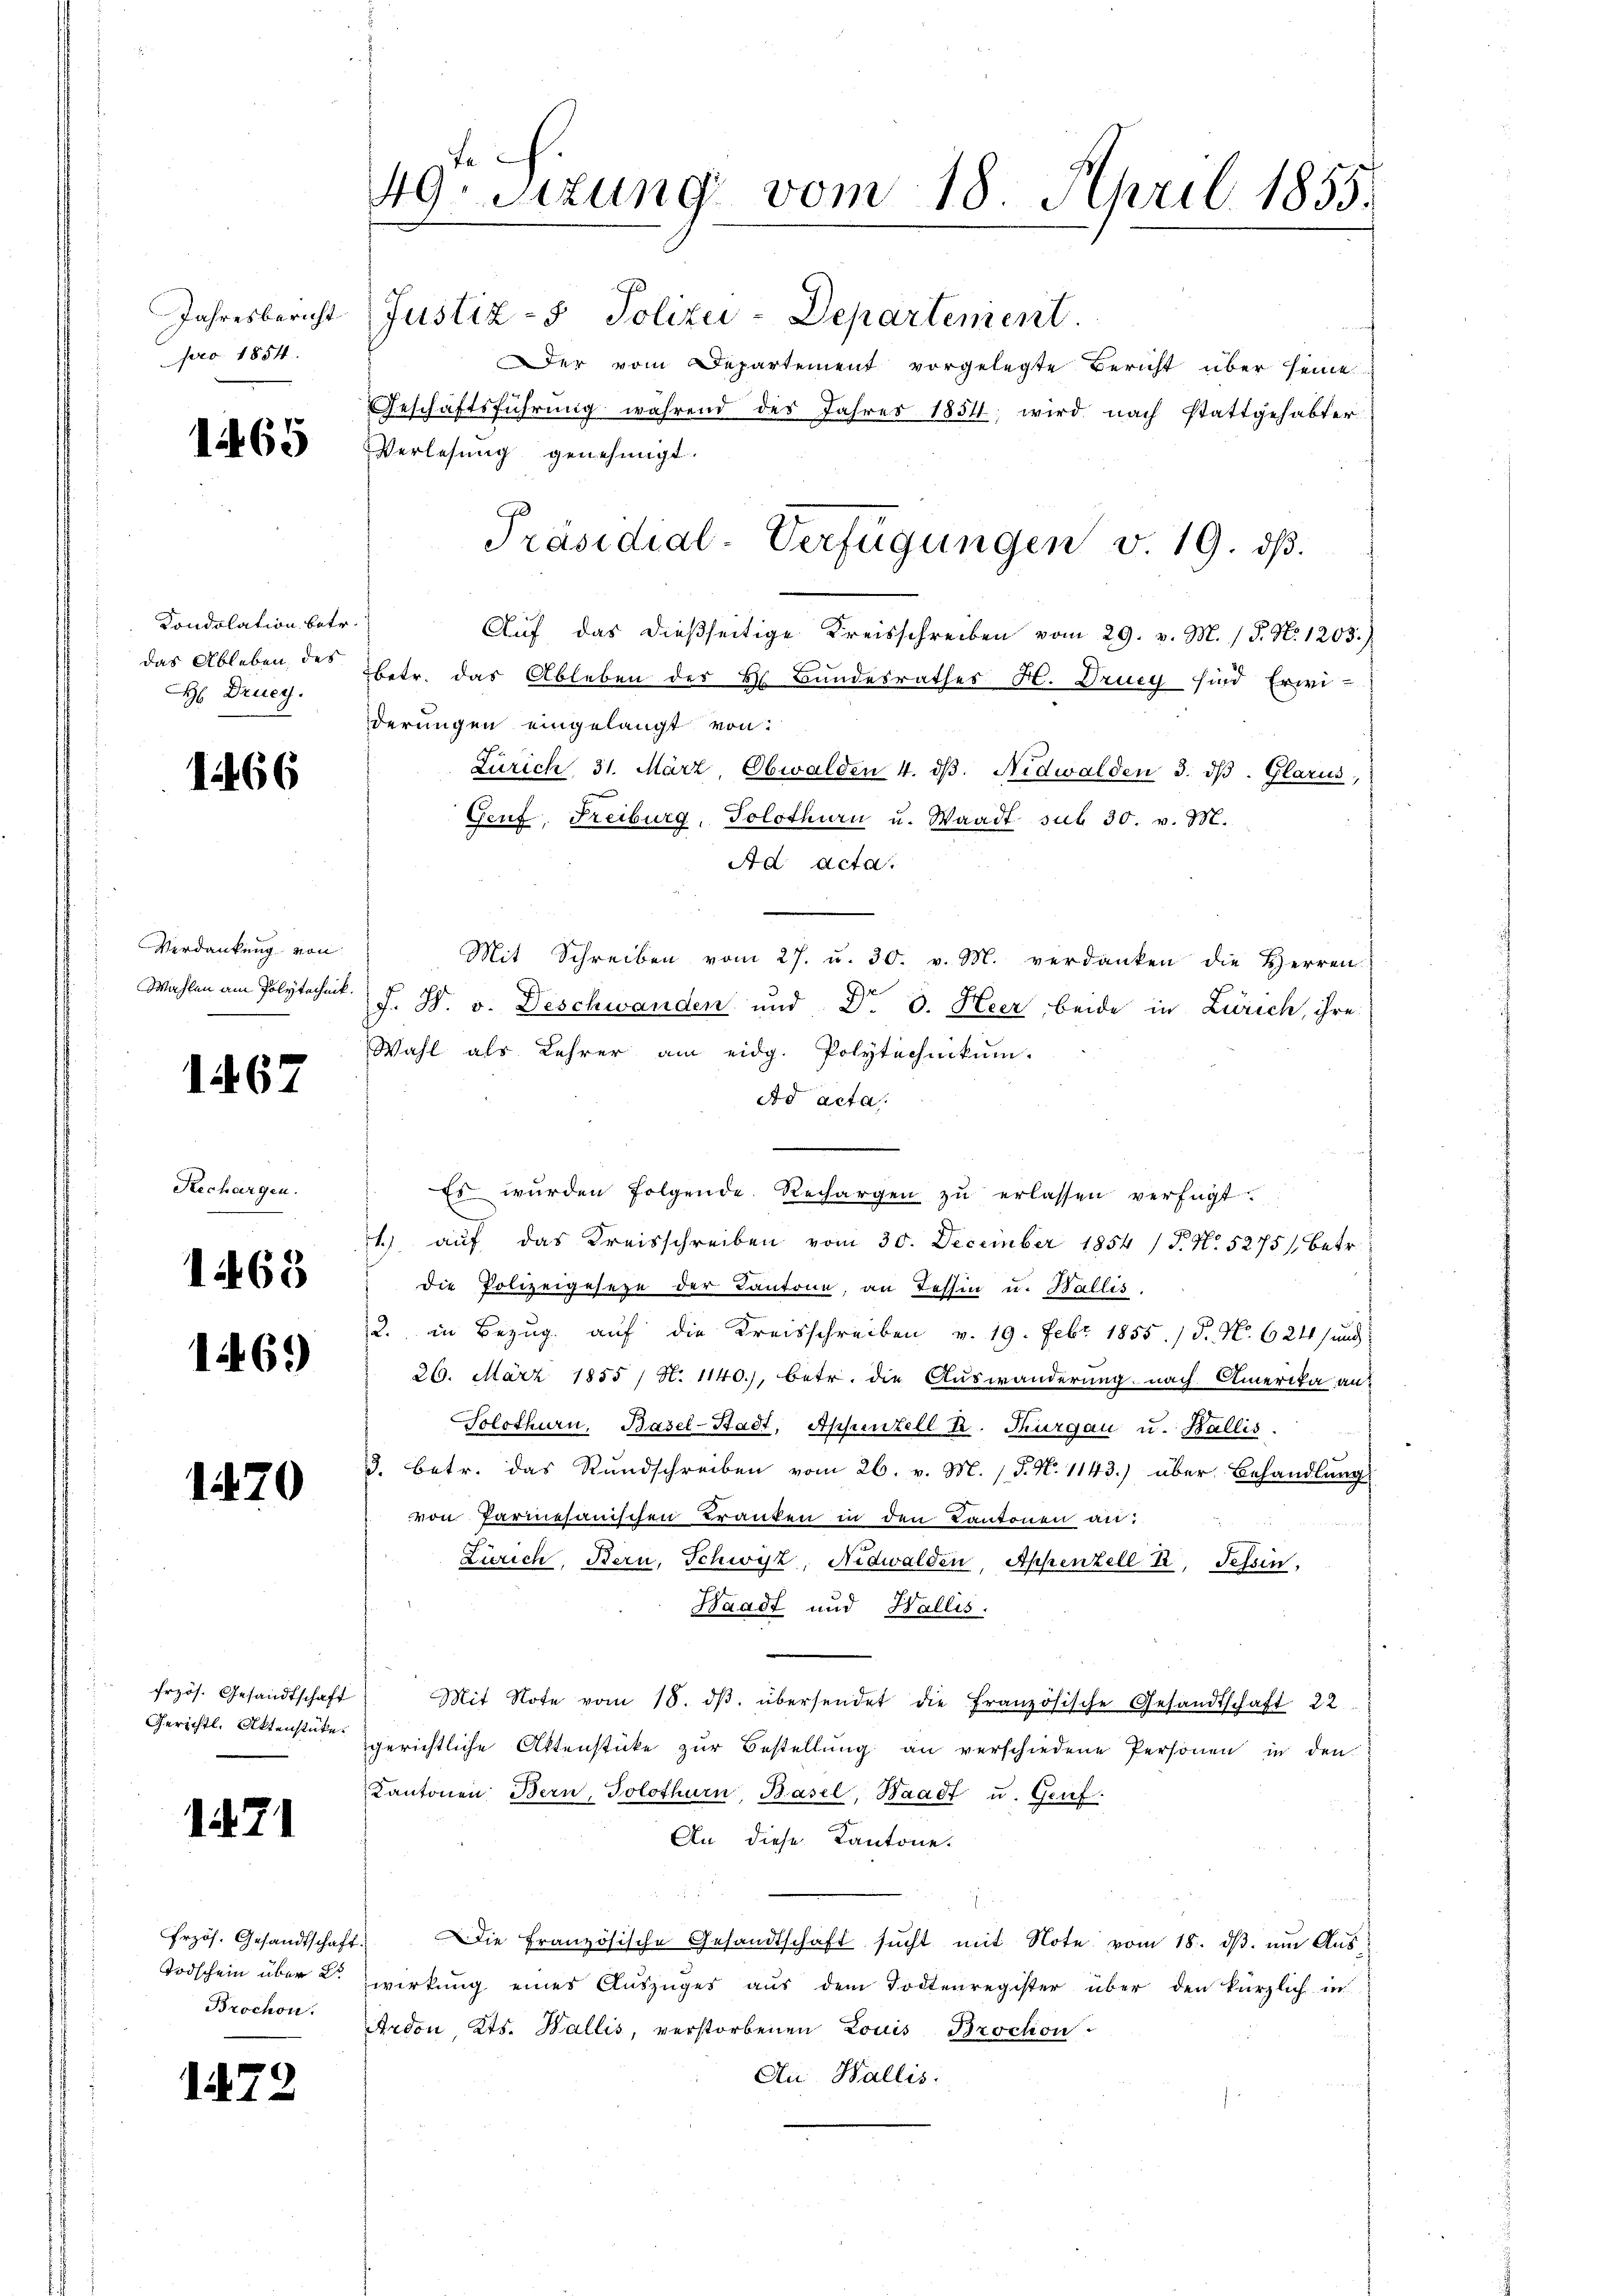
Jahresbericht
pro 1854.

1265

Condolation betr.
das Ableben, des
H Drucy.

1466

Verdankung von
Mahlen am Polytechnik.

167

Rechargen.

465

16.)

1470

Erzös. Gesandtschaft
Gerichtl. Aktenstücke.

1471

Erzös. Gesandtschaft
Todschein über d
Brochon.

1479

49. Sitzung vom 18. April 1855.

Justiz- & Polizei-Departement.
Der vom Departement vorgelegte Bericht über seine
Geschäftsführung während des Jahres 1854; wird nach stattgehabter
Verlesung genehmigt.
Auf das dießseitige Kreisschreiben vom 29. v. M. / P. N. 1203.)
betr. das Ableben der Bs Bundesrathes H. Drueg sind Erwiderungen eingelangt von
Zürich, 31. März, Obwalden 4. dβ. Nidwalden 3. dβ. Glarus,
Genf, Freiburg, Solothurn u. Waadt sub 30. v. M.
Ad Acta.
Mit Schreiben vom 27. u. 30. v. M. verdanken die Herren
F. W. v. Deschwanden und Dr. d. Heer, beide in Zürich, ihre
Wahl als Lehrer am eidg. Polytechnikum.
Ad acta,
Es würden folgende Rechargen zŭ erlassen verfügt.
1.) auf das Kreisschreiben vom 30. December 1854 / P. N. 5275), betr.
Die Polizeigeseze der Kantone, an Tessin u. Wallis.
2. in Bezug auf die Kreisschreiben v. 19. Febr 1855. / 5. No. 624 und
26. März 1855 / N. 1140), betr. die Auswanderung nach Amerika an¬
Solothurn, Basel-Stadt, Appenzell I. Thurgau u. Wallis.
3. betr. das Rundschreiben vom 26. v. M. P. N. 1143.) über Behandlung
von Parmesanischen Kranken in den Kantonen an:
Zürich, Bern, Schwyz, Nidwalden, Appenzell A. Tessin,
Waadt und Wallis.
Mit Note vom 18. dβ übersendet die Französische Gesandtschaft 22
gerichtliche Aktenstücke zur Bestellung an verschiedene Personen in den
Kantonen Bern, Solothurn, Basel, Waadt u. Genf.
An diese Kantone.
“
.
Die Französische Gesandtschaft sucht mit Note vom 18. dβ. um Aus
wirkung eines Auszuges aus dem Todtenregister über den kürzlich in
Ardon Kts. Wallis, verstorbenen Louis Brochon
Au Wallis.

Präsidial-Verfügungen v. 19. ds.